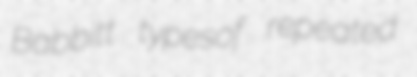
Babbitt typesof repeated